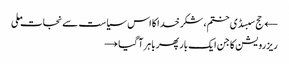
← حج سبسڈی ختم، شکر خدا کا اس سیاست سے نجات ملی
ریزرویشن کا جن ایک بار پھر باہر آ گیا →